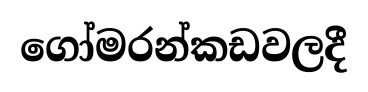
ගෝමරන්කඩවලදී